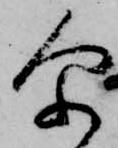
尓